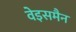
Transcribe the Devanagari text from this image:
वेइसमैन